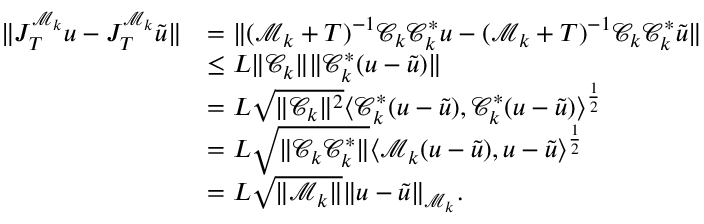
\begin{array} { r l } { \Vert J _ { T } ^ { \mathcal M _ { k } } u - J _ { T } ^ { \mathcal M _ { k } } \tilde { u } \Vert } & { = \Vert ( \mathcal M _ { k } + T ) ^ { - 1 } \mathcal C _ { k } \mathcal C _ { k } ^ { * } u - ( \mathcal M _ { k } + T ) ^ { - 1 } \mathcal C _ { k } \mathcal C _ { k } ^ { * } \tilde { u } \Vert } \\ & { \leq L \Vert \mathcal C _ { k } \Vert \Vert \mathcal C _ { k } ^ { * } ( u - \tilde { u } ) \Vert } \\ & { = L \sqrt { \Vert \mathcal C _ { k } \Vert ^ { 2 } } \langle \mathcal C _ { k } ^ { * } ( u - \tilde { u } ) , \mathcal C _ { k } ^ { * } ( u - \tilde { u } ) \rangle ^ { \frac { 1 } { 2 } } } \\ & { = L \sqrt { \Vert \mathcal C _ { k } \mathcal C _ { k } ^ { * } \Vert } \langle \mathcal M _ { k } ( u - \tilde { u } ) , u - \tilde { u } \rangle ^ { \frac { 1 } { 2 } } } \\ & { = L \sqrt { \Vert \mathcal M _ { k } \Vert } \Vert u - \tilde { u } \Vert _ { \mathcal M _ { k } } . } \end{array}